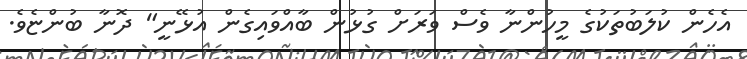
އެހެން ކުލަބުތަކުގެ މީހުންނާ ވެސް ވަރަށް ގުޅުން ބާއްވައިގެން އުޅޭނީ" ދޮނާ ބުންޏެވެ.